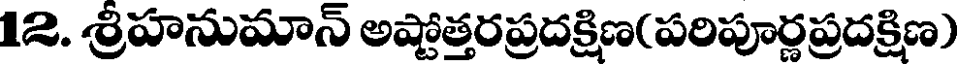
12. శ్రీహనుమాన్ అష్టోత్తరప్రదక్రిణ(పరిపూర్ణప్రదక్రిణ)